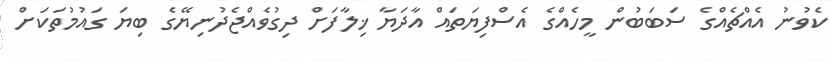
ކެވުނު އެއްޗެއްގެ ސަބަބުން މީހެއްގެ އެސްފިޔަތައް އާދަޔާ ޚިލާފަށް ދިގުވެއްޖެދުނިޔޭގެ ބިޔަ ގައުމުތަކަށް